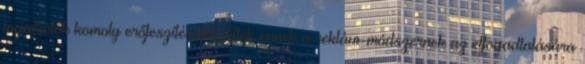
jogalkotók komoly erőfeszítéseket tettek ennek a reklám-módszernek az elfogadtatására